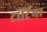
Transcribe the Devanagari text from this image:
टॉर्टिया